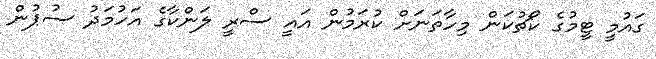
ގައުމީ ޓީމުގެ ކޯޗުކަން މިހާތަނަށް ކުރަމުން އައީ ސްރީ ލަންކާގެ އަހުމަދު ސުޕުން